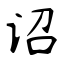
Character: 诏